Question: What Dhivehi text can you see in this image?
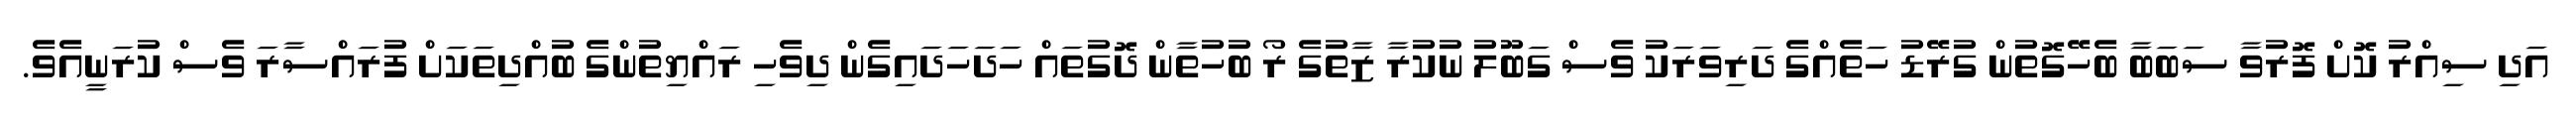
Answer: އަދި ސިއްރު ކޮށް ފޮރުވާ ސަބަބާ ބެހޭގޮތުން ގުރޭޑު ހަތެއްގެ ދަރިވަރަކު ވެސް ގަބޫލު ނުކުރާ ޒާތުގެ ރޯ ބުހުތާން ދޮގުތައް ހަދަހަދައިގެން ދިވެހި ރައްޔިތުންގެ ބުއްދިތަކަށް ފުރައްސާރަ ވެސް ކުރަނީއެވެ.